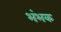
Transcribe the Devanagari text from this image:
भंभक